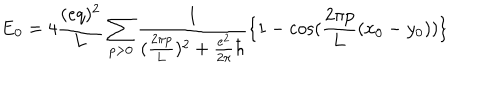
\mathrm { E } _ { 0 } = 4 \frac { ( e q ) ^ { 2 } } { ( e q ) ^ { 2 } } { L } \sum _ { p > 0 } \frac { 1 } { ( \frac { 2 \pi p } { 2 \pi p } { L } ) ^ { 2 } + \frac { e ^ { 2 } } { 2 \pi } \hbar } \{ 1 - \cos ( \frac { 2 \pi p } { 2 \pi p } { L } ( x _ { 0 } - y _ { 0 } ) ) \}